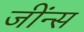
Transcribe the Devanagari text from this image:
जींन्स